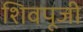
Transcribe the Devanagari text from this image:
शिवपूजी